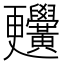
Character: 𪏬